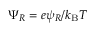
\Psi _ { R } = e \psi _ { R } / k _ { \mathrm { B } } T